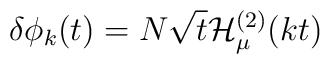
\delta\phi_k(t)=N \sqrt{t} { \cal H}^{(2)}_\mu ( k t  )